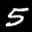
Label: 5